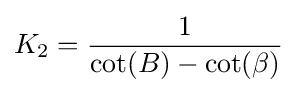
K_{2}={\frac {1}{\cot(B)-\cot(\beta )}}